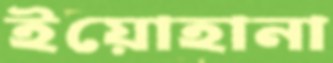
ইয়োহানা